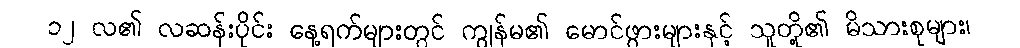
၁၂ လ၏ လဆန်းပိုင်း နေ့ရက်များတွင် ကျွန်မ၏ မောင်ဖွားများနှင့် သူတို့၏ မိသားစုများ၊